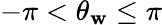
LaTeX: -\pi<\theta_{\mathbf{w}}\leq\pi